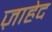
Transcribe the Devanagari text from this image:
ज़ाहेद